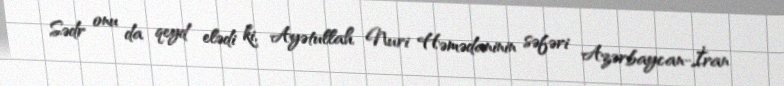
Sədr onu da qeyd elədi ki, Ayətullah Nuri Həmədaninin səfəri Azərbaycan-İran